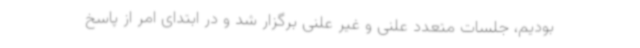
بودیم، جلسات متعدد علنی و غیر علنی برگزار شد و در ابتدای امر از پاسخ